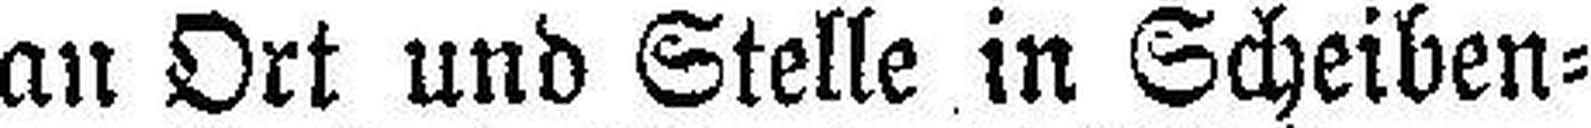
an Ort und Stelle in Scheiben¬